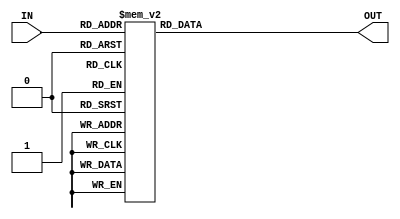
module hex_7seg(IN, OUT);
input [3:0] IN;
output reg[7:0] OUT;

always @(IN) begin
	case (IN)
		4'd0:  OUT = 8'b11000000;
		4'd1:  OUT = 8'b11111001;
		4'd2:  OUT = 8'b10100100;
		4'd3:  OUT = 8'b10110000;
		4'd4:  OUT = 8'b10011001;
		4'd5:  OUT = 8'b10010010;
		4'd6:  OUT = 8'b10000010;
		4'd7:  OUT = 8'b11111000;
		4'd8:  OUT = 8'b10000000;
		4'd9:  OUT = 8'b10010000;
		4'd10: OUT = 8'b10001000;
		4'd11: OUT = 8'b10000011;
		4'd12: OUT = 8'b11000110;
		4'd13: OUT = 8'b10100001;
		4'd14: OUT = 8'b10000110;
		4'd15: OUT = 8'b10001110;
		default OUT = 8'b11111111;	
	endcase
end
endmodule